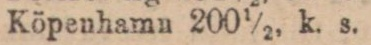
Köpenhamn 200½, k. s.